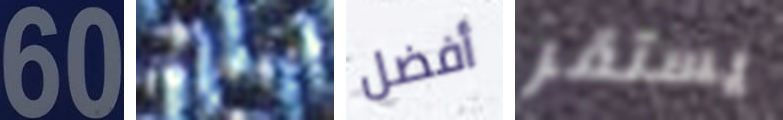
60 الثغرة أفضل يستقر